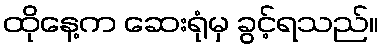
ထိုနေ့က ဆေးရုံမှ ခွင့်ရသည်။